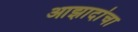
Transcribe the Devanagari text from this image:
आझादांचा